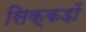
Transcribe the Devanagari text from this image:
सिक्कड़ों